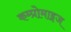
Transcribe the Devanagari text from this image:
कम्प्रोमाइज